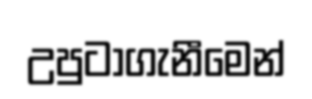
උපුටාගැනීමෙන්